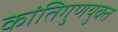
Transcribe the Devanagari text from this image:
कांतिगुणयुक्त